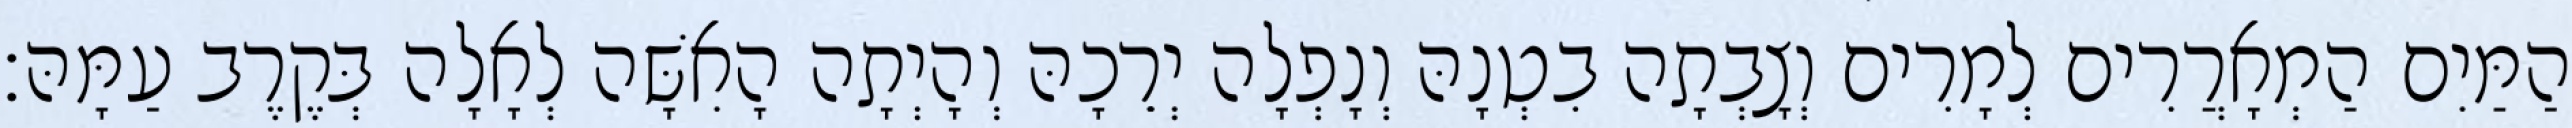
הַמַּיִם הַמְאָרֲרִים לְמָרִים וְצָבְתָה בִטְנָהּ וְנָפְלָה יְרֵכָהּ וְהָיְתָה הָאִשָּׁה לְאָלָה בְּקֶרֶב עַמָּהּ׃